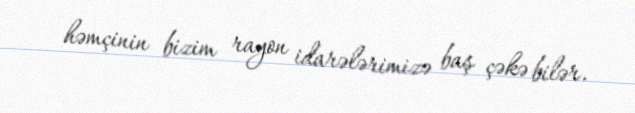
həmçinin bizim rayon idarələrimizə baş çəkə bilər.